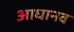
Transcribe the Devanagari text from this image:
आधानव